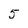
Character: 5